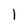
Character: 1